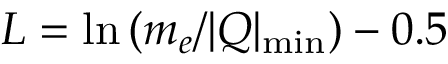
L = \ln { ( m _ { e } / \vert Q \vert _ { \mathrm { m i n } } ) } - 0 . 5